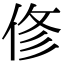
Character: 俢